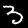
Digit: 3